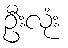
ဦးလုံး